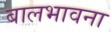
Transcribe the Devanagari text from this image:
बालभावना